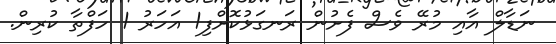
ނަޑާލް އާއި މުރޭ ވެސް ފެށުން ރަނގަޅުކޮށްފި1 އަހަރު 1 ހަފްތާ ކުރިން.